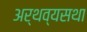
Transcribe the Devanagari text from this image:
अर्थव्यसथा